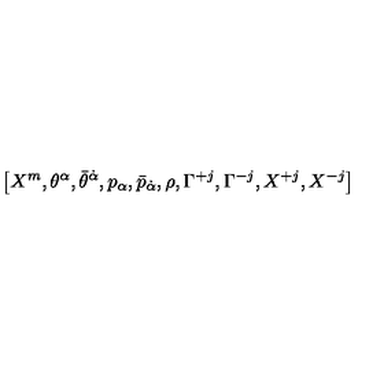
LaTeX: \left[ X ^ { m } , \theta ^ { \alpha } , \bar { \theta } ^ { \dot { \alpha } } , p _ { \alpha } , \bar { p } _ { \dot { \alpha } } , \rho , \Gamma ^ { + j } , \Gamma ^ { - j } , X ^ { + j } , X ^ { - j } \right] \nonumber